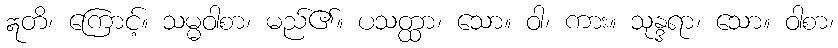
ဣတိ၊ ကြောင့်။ သမ္မဝါစာ၊ မည်၏။ ပသတ္ထာ၊ သော။ ဝါ၊ ကား။ သုန္ဒရာ၊ သော။ ဝါစာ၊